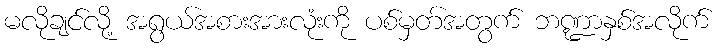
မလိုချင်လို့ အရွယ်အစားအားလုံးကို ပစ်မှတ်အတွက် ဘဏ္ဍာနှစ်အလိုက်